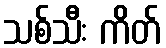
သစ်သီး ကိတ်